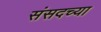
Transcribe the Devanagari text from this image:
संसदच्या